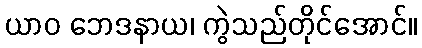
ယာဝ ဘေဒနာယ၊ ကွဲသည်တိုင်အောင်။